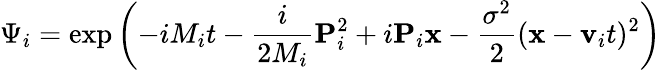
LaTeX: \Psi_{i}=\exp\left(-iM_{i}t-\frac{i}{2M_{i}}{\mathbf P}_{i}^{2}+i{\mathbf P}_{i}{\mathbf x}-\frac{\sigma^{2}}{2}({\mathbf x}-{\mathbf v}_{i}t)^{2}\right)